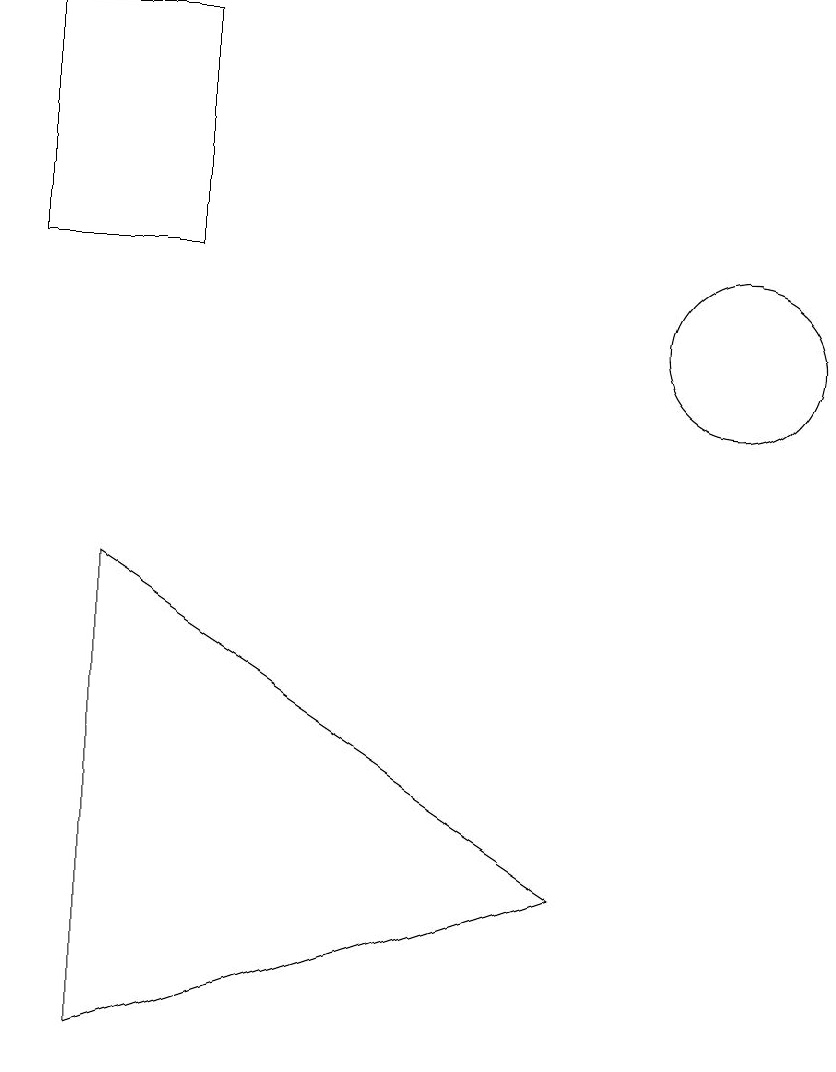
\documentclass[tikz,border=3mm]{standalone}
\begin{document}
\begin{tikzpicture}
\draw (11,11) circle (1);
\draw (9,4) -- (3,2) -- (3,8) -- cycle;
\draw (2,12) rectangle (4,15);
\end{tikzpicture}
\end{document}